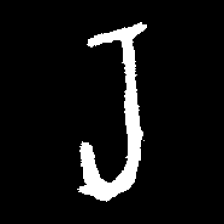
Pyu character \u2014 Myanmar letter: ရ (romanized: ra)